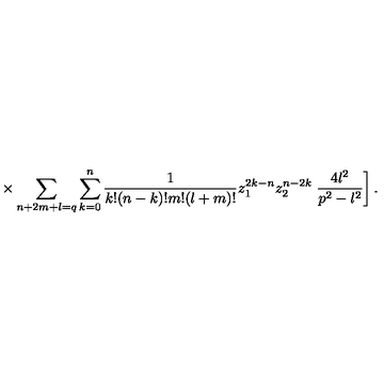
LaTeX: \times \sum _ { n + 2 m + l = q } \sum _ { k = 0 } ^ { n } \frac { 1 } { k ! ( n - k ) ! m ! ( l + m ) ! } z _ { 1 } ^ { 2 k - n } z _ { 2 } ^ { n - 2 k } \left. \frac { 4 l ^ { 2 } } { p ^ { 2 } - l ^ { 2 } } \right] .